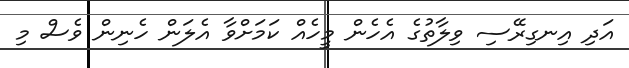
އަދި އިނގިރޭސި ވިލާތުގެ އެހެން މީހެއް ކަމަށްވާ އެލަން ހެނިން ވެސް މި